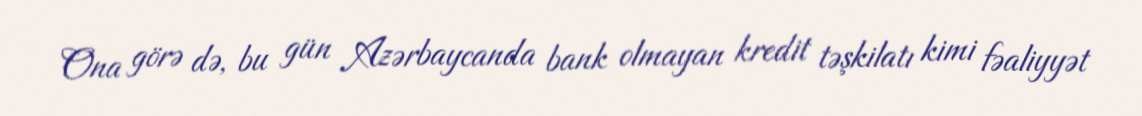
Ona görə də, bu gün Azərbaycanda bank olmayan kredit təşkilatı kimi fəaliyyət